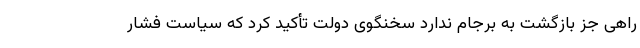
راهی جز بازگشت به برجام ندارد سخنگوی دولت تأکید کرد که سیاست فشار